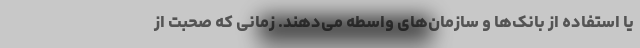
یا استفاده از بانک‌ها و سازمان‌های واسطه می‌دهند. زمانی که صحبت از